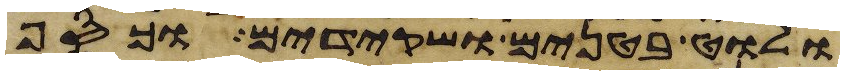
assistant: ולוט בטנים ושקידים וכסף